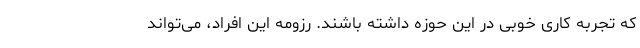
که تجربه کاری خوبی در این حوزه داشته باشند. رزومه این افراد، می‌تواند